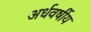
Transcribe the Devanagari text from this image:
अर्धवर्षीय